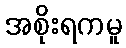
အစိုးရကမူ